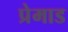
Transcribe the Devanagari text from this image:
प्रेमाड